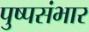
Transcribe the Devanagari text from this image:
पुष्पसंभार